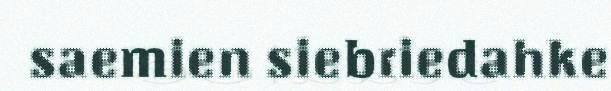
saemien siebriedahke